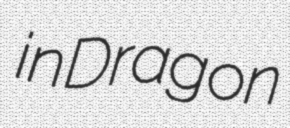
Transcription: in Dragon